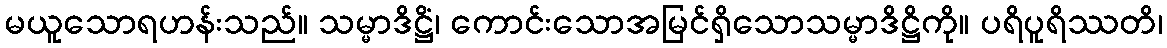
မယူသောရဟန်းသည်။ သမ္မာဒိဋ္ဌိံ၊ ကောင်းသောအမြင်ရှိသောသမ္မာဒိဋ္ဌိကို။ ပရိပူရိဿတိ၊